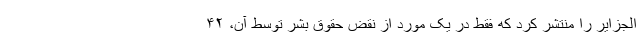
الجزایر را منتشر کرد که فقط در یک مورد از نقض حقوق بشر توسط آن، ۴۲